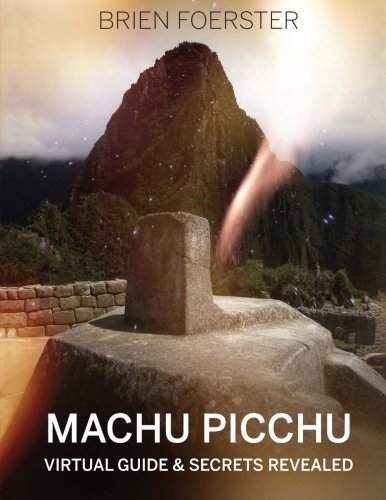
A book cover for Machu Picchu: Virtual Guide And Secrets Revealed; Brien Foerster; Travel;